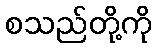
စသည်တို့ကို